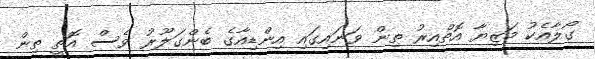
ގޯލާއެކު މަޒިޔާ އޮތްއިރު ތިން ވަނައިގައި އިންޑިއާގެ ބެންގަލޫރު ވެސް އޮތީ ތިން